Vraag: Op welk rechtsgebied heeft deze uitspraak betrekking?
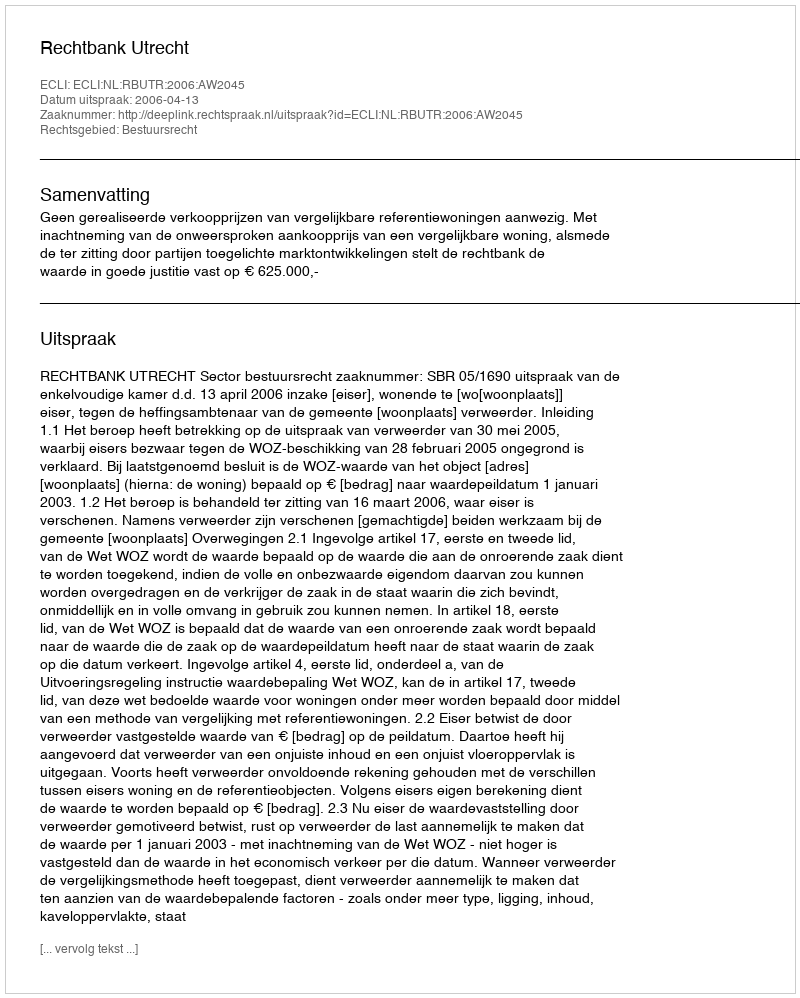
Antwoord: Bestuursrecht